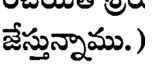
జేస్తున్నాము.)